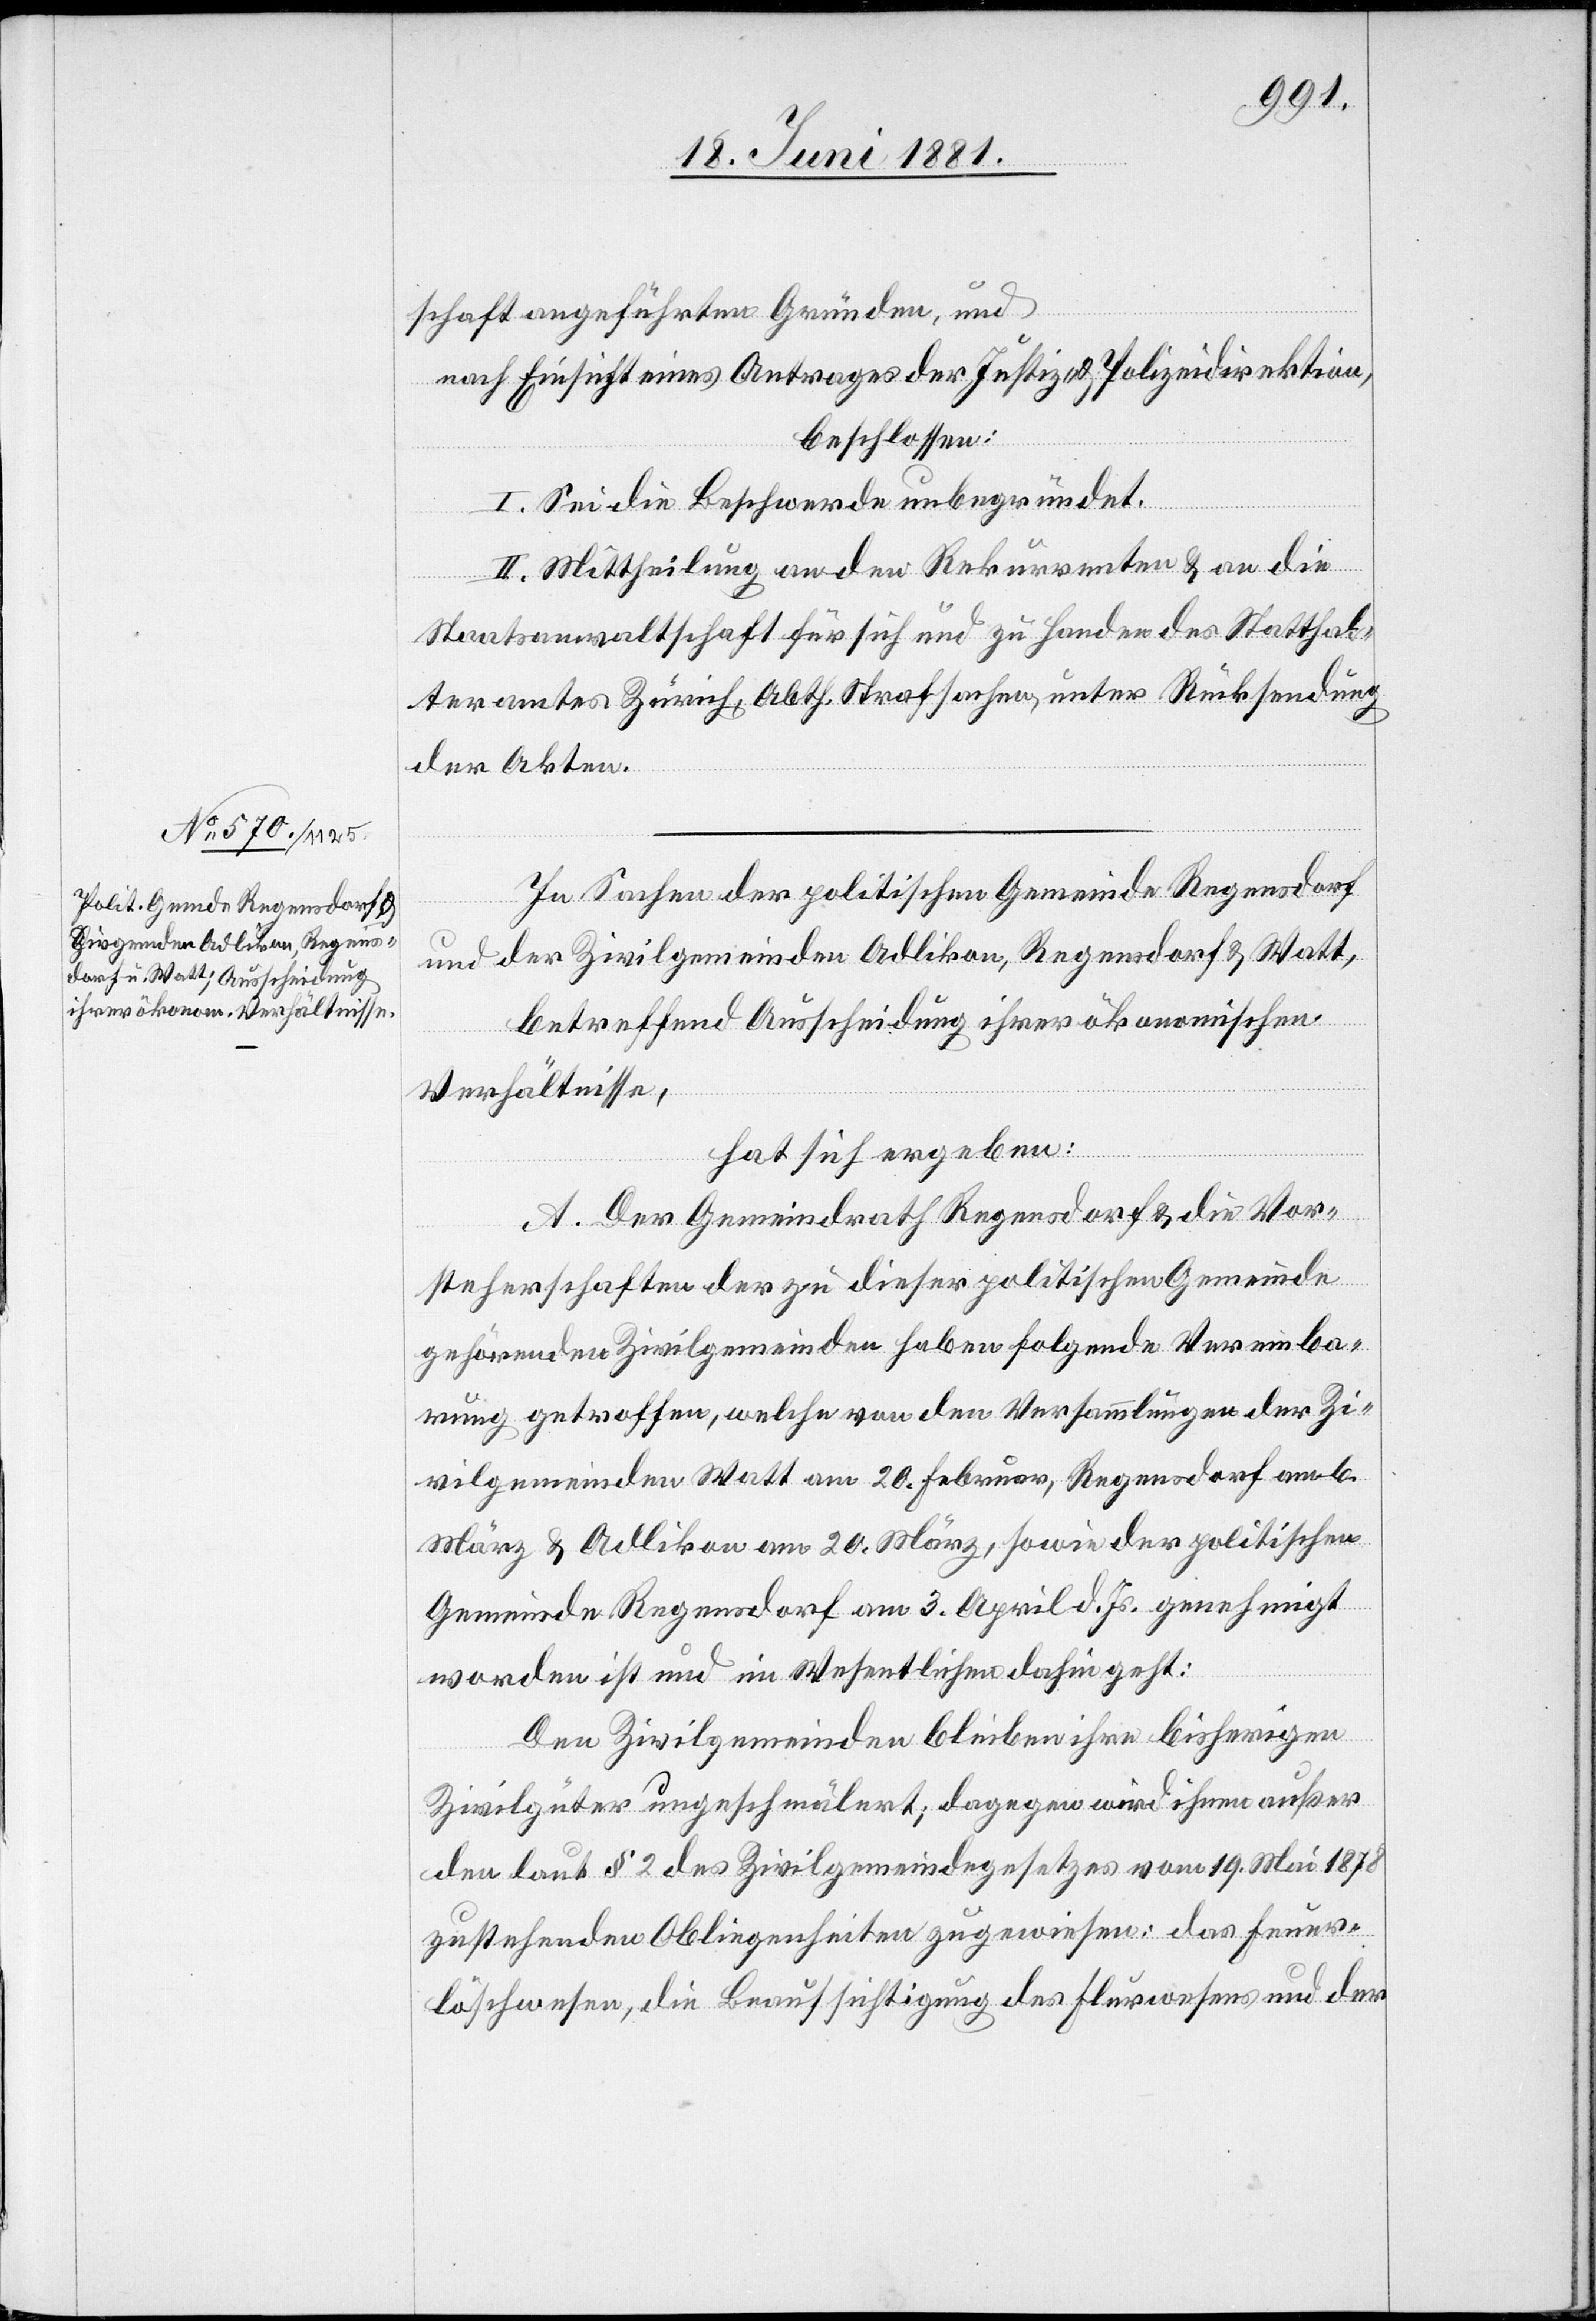
schaft angeführten Gründen, und
nach Einsicht eines Antrages der Justiz- & Polizeidirektion,
beschlossen:
I. Sei die Beschwerde unbegründet.
II. Mittheilung an den Rekurrenten & an die
Staatsanwaltschaft für sich und zu Handen des Statthal¬
teramtes Zürich, Abth. Strafsachen, unter Rücksendung
der Akten.
In Sachen der politischen Gemeinde Regensdorf
und er Zivilgemeinden Adlikon, Regensdorf & Watt,
betreffend Ausscheidung ihrer ökonomischen
Verhältnisse,
hat sich ergeben:
A. Der Gemeindrath Regensdorf & die Vor¬
steherschaften der zu dieser politischen Gemeinde
gehörenden Zivilgemeinden haben folgende Vereinba¬
rung getroffen, welche von den Versammlungen der Zi¬
vilgemeinden Watt am 20. Februar, Regensdorf am 6.
März & Adlikon am 20. März, sowie der politischen
Gemeinde Regensdorf am 3. April d. Js. genehmigt
worden ist und im Wesentlichen dahin geht:
Den Zivilgemeinden bleiben ihre bisherigen
Zivilgüter ungeschmälert; dagegen wird ihnen außer
den laut § 2 des Zivilgemeindegesetzes vom 19. Mai 1878
zustehenden Obliegenheiten zugewiesen: das Feuer¬
löschwesen, die Beaufsichtigung des Flurwesens und der